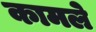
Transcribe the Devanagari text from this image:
कामले